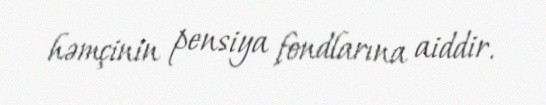
həmçinin pensiya fondlarına aiddir.